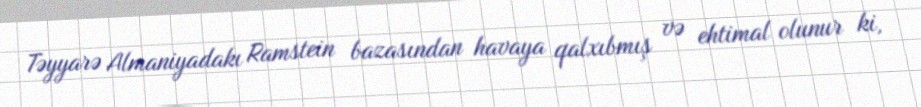
Təyyarə Almaniyadakı Ramstein bazasından havaya qalxıbmış və ehtimal olunur ki,